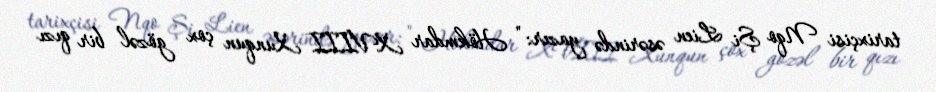
tarixçisi Nqo Şi Lien əsərində yazır: " Hökmdar XVIII Xunqun çox gözəl bir qızı